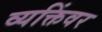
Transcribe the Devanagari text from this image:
व्यक्तिंवर